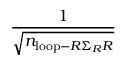
\frac { 1 } { \sqrt { n _ { \mathrm { l o o p } - R \Sigma _ { R } R } } }